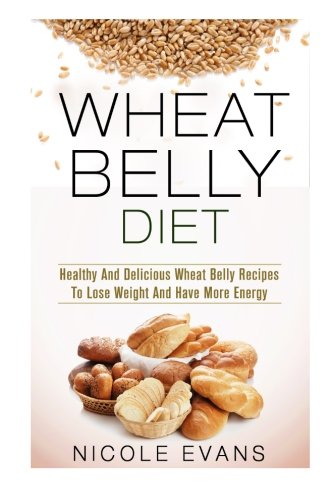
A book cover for Wheat Belly Diet: Healthy And Delicious Wheat Belly Recipes To Lose Weight And Have More Energy; Nicole Evans; Health, Fitness & Dieting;